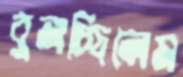
বুলচ্ছিলেম